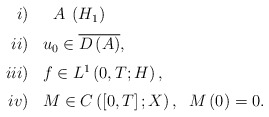
\begin{align*}\begin{array}[c]{rl}i)& \ \;A\,\;(H_{1})\medskip\\ii)& u_{0}\in\overline{D\left( A\right) },\medskip\\iii)& f\in L^{1}\left( 0,T;H\right) ,\medskip\\iv)& M\in C\left( \left[ 0,T\right] ;X\right) ,\;\;M\left(0\right) =0.\end{array}\ \end{align*}